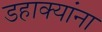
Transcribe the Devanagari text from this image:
डहाक्यांना